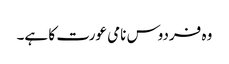
وہ فردوس نامی عورت کا ہے۔